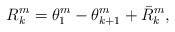
\begin{align*}R_{k}^{m}=\theta_{1}^{m}-\theta_{k+1}^{m}+\bar{R}_{k}^{m}, \end{align*}